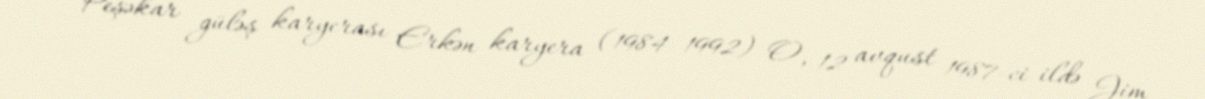
Peşəkar güləş karyerası Erkən karyera (1984–1992) O, 12 avqust 1987-ci ildə Jim